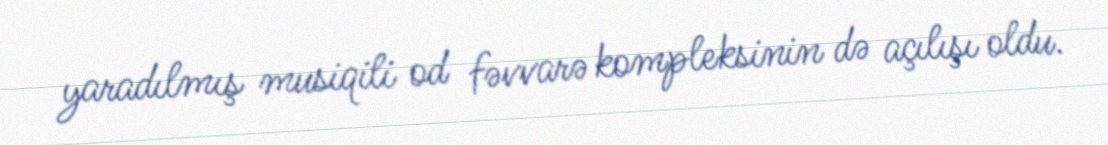
yaradılmış musiqili od fəvvarə kompleksinin də açılışı oldu.